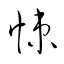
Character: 悚